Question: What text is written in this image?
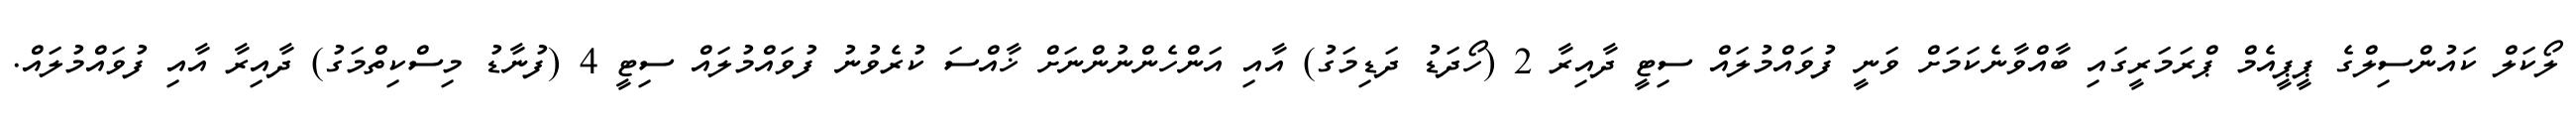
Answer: ލޯކަލް ކައުންސިލްގެ ޕީޕީއެމް ޕްރަމަރީގައި ބާއްވާނެކަމަށް ވަނީ ފުވައްމުލައް ސިޓީ ދާއިރާ 2 (ހޯދަޑު ދަޑިމަގު) އާއި އަންހެންނުންނަށް ޚާއްސަ ކުރެވުނު ފުވައްމުލައް ސިޓީ 4 (ފުނާޑު މިސްކިތްމަގު) ދާއިރާ އާއި ފުވައްމުލައް.